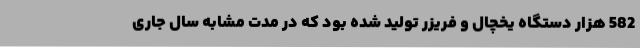
582 هزار دستگاه یخچال و فریزر تولید شده بود که در مدت مشابه سال جاری